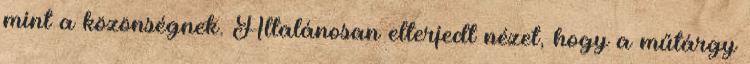
mint a közönségnek. Általánosan elterjedt nézet, hogy a műtárgy